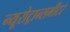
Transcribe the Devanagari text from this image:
न्यूरोट्रान्समीटर